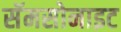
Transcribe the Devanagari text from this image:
सॅमसोनाइट